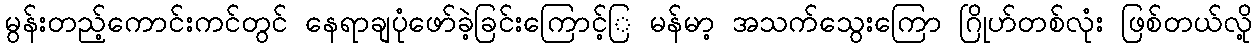
မွန်းတည့်ကောင်းကင်တွင် နေရာချပုံဖော်ခဲ့ခြင်းကြောင့်ြ မန်မာ့ အသက်သွေးကြော ဂြိုဟ်တစ်လုံး ဖြစ်တယ်လို့